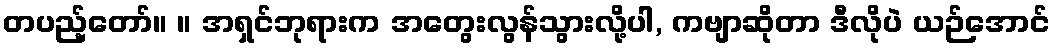
တပည့်တော်။ ။ အရှင်ဘုရားက အတွေးလွန်သွားလို့ပါ, ကဗျာဆိုတာ ဒီလိုပဲ ယဉ်အောင်